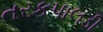
તરકપાલડી